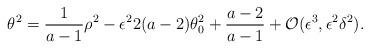
LaTeX: \begin{align*} \theta^{2} = \frac{1}{a-1}\rho^{2} - \epsilon^{2}2(a-2)\theta_{0}^{2} + \frac{a-2}{a-1} + \mathcal{O}(\epsilon^3,\epsilon^{2}\delta^{2}).\end{align*}